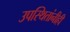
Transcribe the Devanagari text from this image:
उपस्थितांनीही